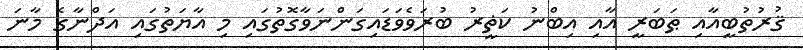
ޤުރުތުބީއާއި ޠަބަރީ އާއި އިބްނު ކަޡީރު ބުރަވެވަޑައިގަންނަވާގޮތުގައި މި އާޔަތުގައި އަދްނާގެ މާނަ